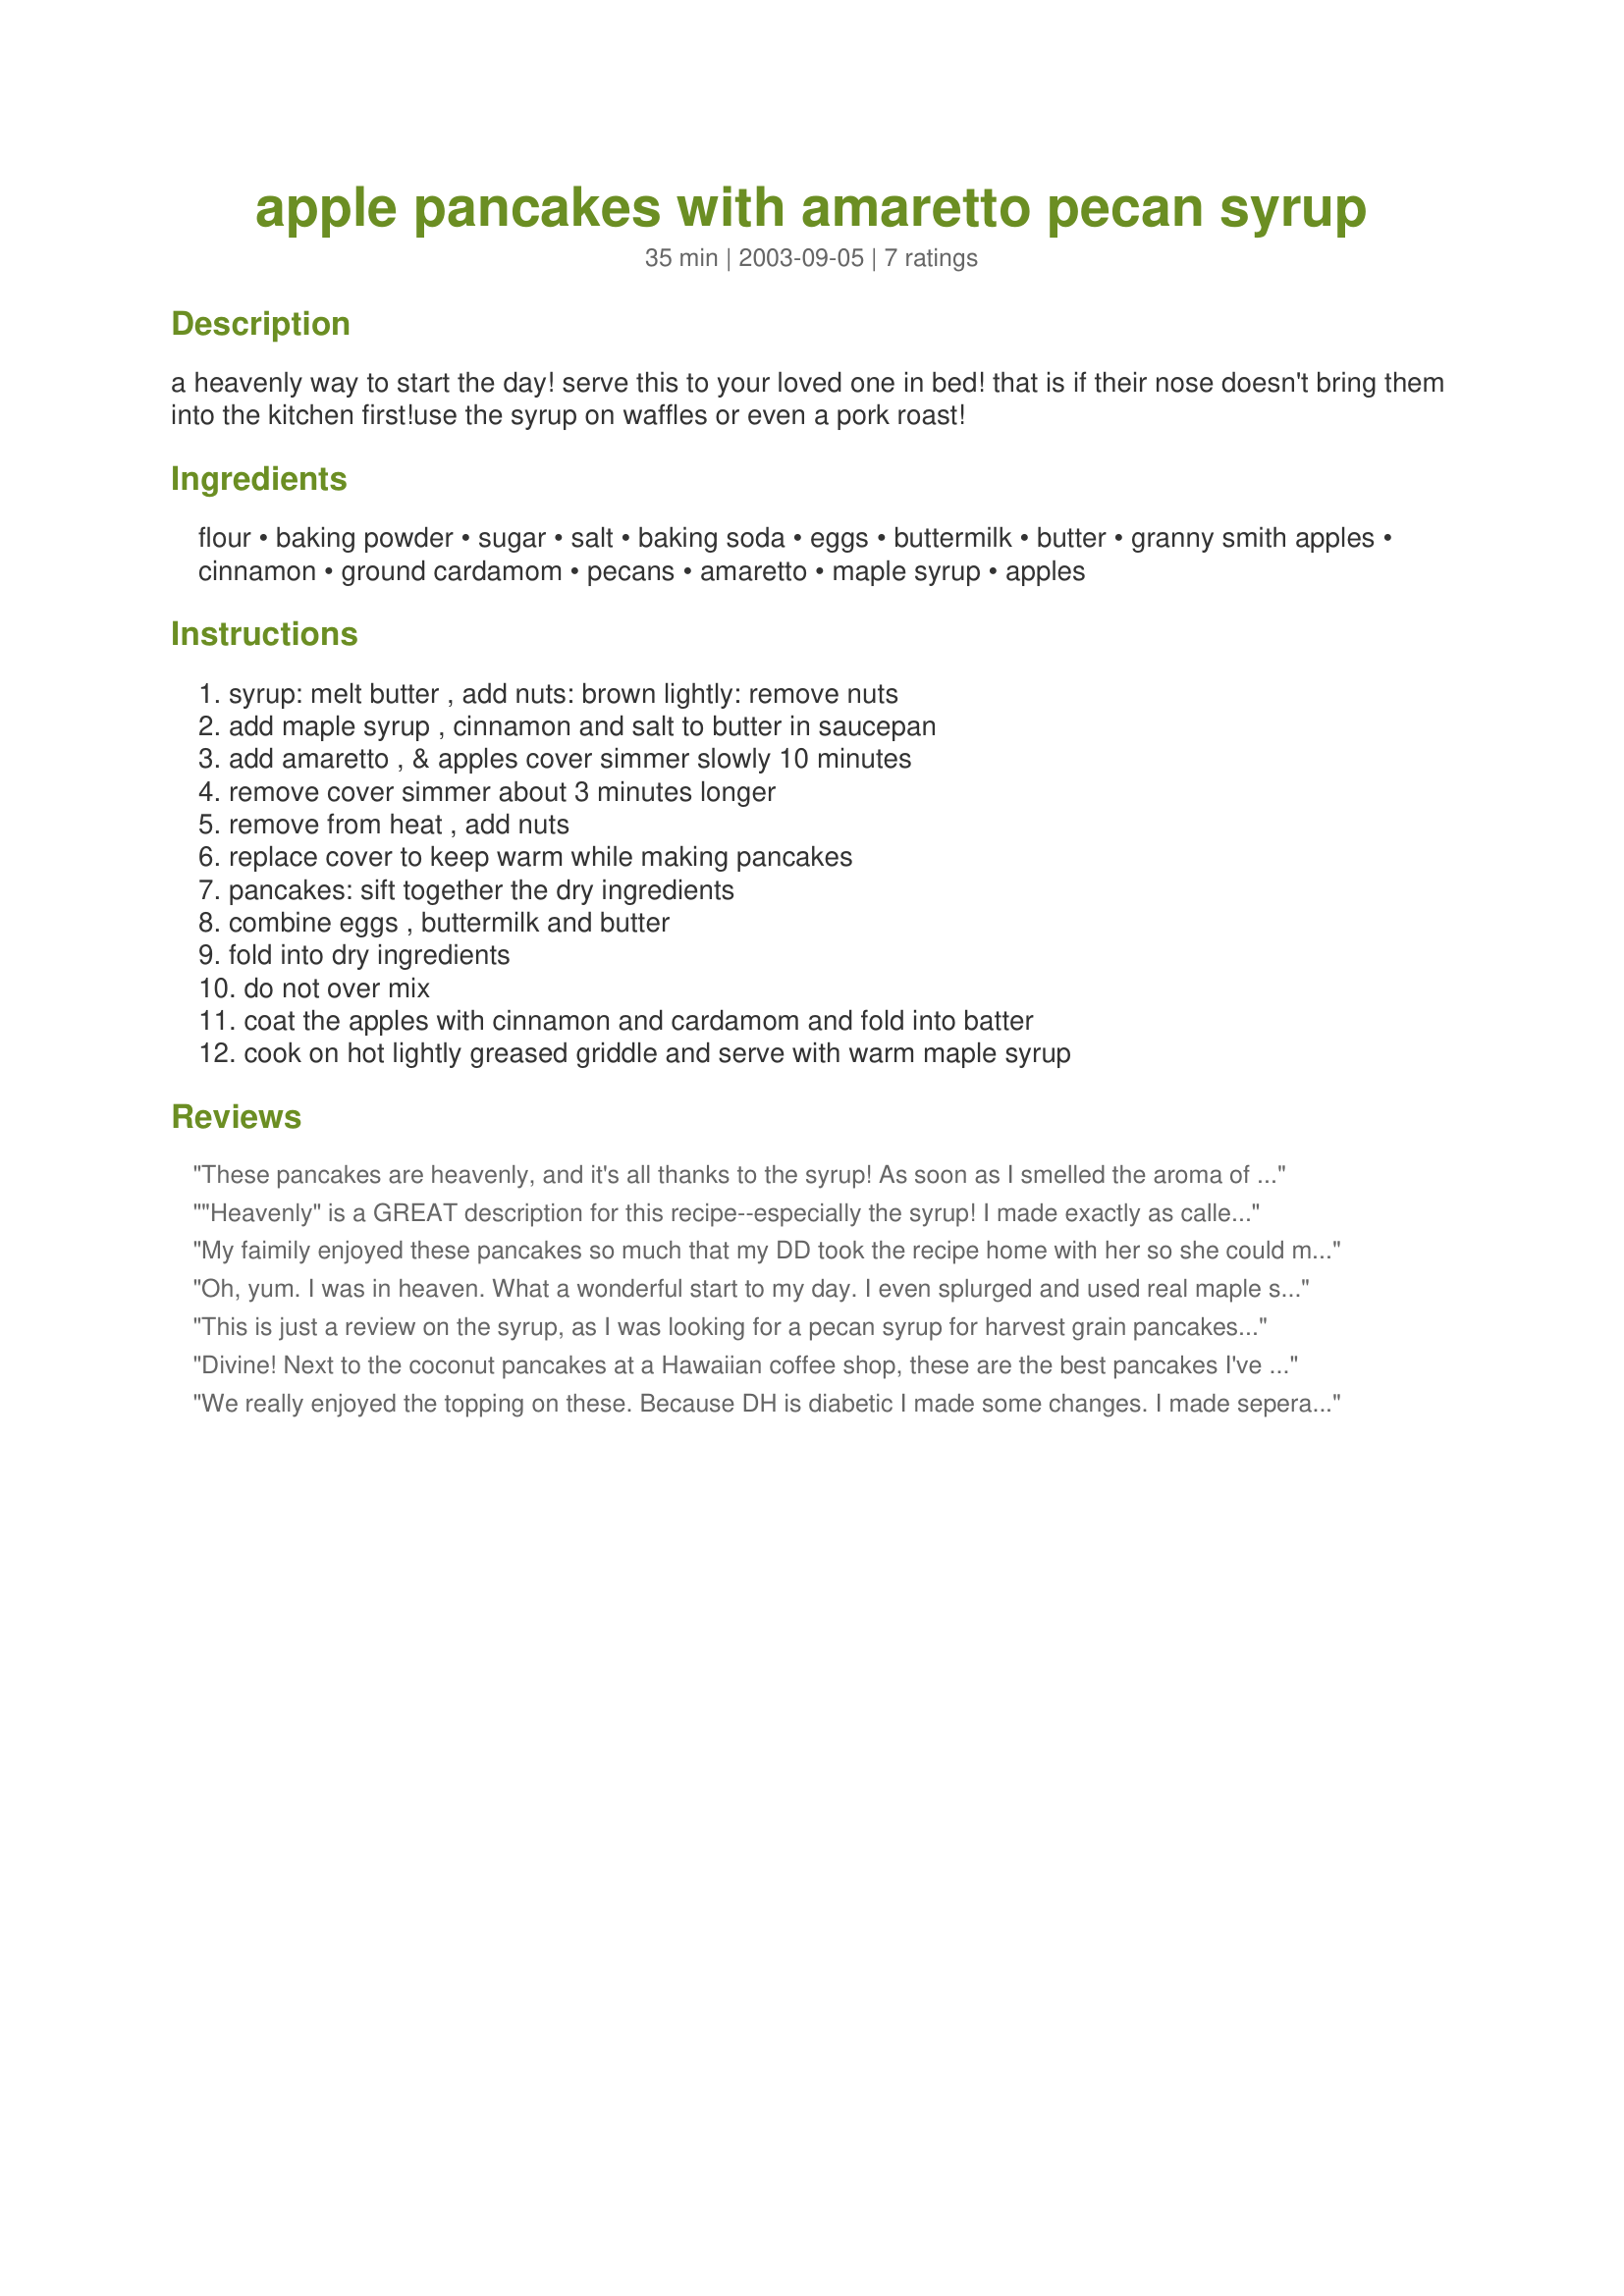
apple pancakes with amaretto pecan syrup
Preparation time: 35 minutes

a heavenly way to start the day! serve this to your loved one in bed! that is if their nose doesn't bring them into the kitchen first!use the syrup on waffles or even a pork roast!

Ingredients:
flour, baking powder, sugar, salt, baking soda, eggs, buttermilk, butter, granny smith apples, cinnamon, ground cardamom, pecans, amaretto, maple syrup, apples

Steps:
syrup: melt butter , add nuts: brown lightly: remove nuts, add maple syrup , cinnamon and salt to butter in saucepan, add amaretto , & apples cover simmer slowly 10 minutes, remove cover simmer about 3 minutes longer, remove from heat , add nuts, replace cover to keep warm while making pancakes, pancakes: sift together the dry ingredients, combine eggs , buttermilk and butter, fold into dry ingredients, do not over mix, coat the apples with cinnamon and cardamom and fold into batter, cook on hot lightly greased griddle and serve with warm maple syrup

Reviews:
These pancakes are heavenly, and it's all thanks to the syrup! As soon as I smelled the aroma of the amaretto wafting through the kitchen, I knew I was in for a treat. I made the pancakes using "soy buttermilk" and used McIntosh apples in the syrup because I had a lot on hand. My mom and I had this for dinner tonight, and we both loved it. We felt like we were in a trendy restaurant. I can't wait to try the syrup on other things as well. Thanks for another keeper, Rita!
"Heavenly" is a GREAT description for this recipe--especially the syrup! I made exactly as called for (except I didn't use enough apples in the syrup--bummer)and there were many satisfied "mmm's" and "ahhhh's" emanating from smiling faces around the breakfast table. I also heard, "Mom, you should make this again!" Definitely a keeper! This would also be a great syrup to use for one of those overnight French toast breakfast casseroles. Made for *Photo Swap January 2008"
My faimily enjoyed these pancakes so much that my DD took the recipe home with her so she could make them for her DH and kids. These will be my Easter breakfast specialty this year!
Oh, yum. I was in heaven. What a wonderful start to my day. I even splurged and used real maple syrup. Served with real whipped cream on the side as well as scrambled eggs and bacon that my Uncle himself cured. Zaar World Tour 05
This is just a review on the syrup, as I was looking for a pecan syrup for harvest grain pancakes and loved that this one used Amaretto. So good, and not to sweet, perfect
Divine! Next to the coconut pancakes at a Hawaiian coffee shop, these are the best pancakes I've ever tasted. Half a recipe made 9 four or five inch pancakes. I ladled the syrup on top of each pancake as in a Napolean. These are company good.
Thanks, Rita. You are some cook.
We really enjoyed the topping on these. Because DH is diabetic I made some changes. I made seperate syrups, one with sugar free, one with regular. For his I added a little melted butter and the rest in a tiny casserole pot, and for mine I followed the recipe after adding it to the nut pan, and after cooking it a bit I put it in another tiny casserole becuase I had cut back on the quantity using about 1/4 cup syrup each at most and it was cooking down too fast. I 'm thinking my quantity of Amaretto was higher then the recipes - I just poured: ) I sauted the apples seperately with butter, spices and more Amaretto and a little water. This allowed both of us to enjoy them with our syrups, and I know for me if I had cooked the apples in the syrup it might have been too sweet. We both like that the syrup was sweet with out being edgy - sicky sweet, I don't know if it's the butter or liquor that mellows it, but it's delish! 
We found the cake part of the pancakes to be a bit dry and rather bland, so I added a little extra sugar, more spice along with some nutmeg and vanilla, this helped except for the dryness, I think a little more butter in the batter would help or maybe grating the apples instead of dicing. This half recipe made at least 3 servings of pancakes but just 2 on the apples, so I would increase them a little. Thanks for sharing Rita, we'll be making these again! Made by one of the Unrulies Under the Influence for ZWT6
